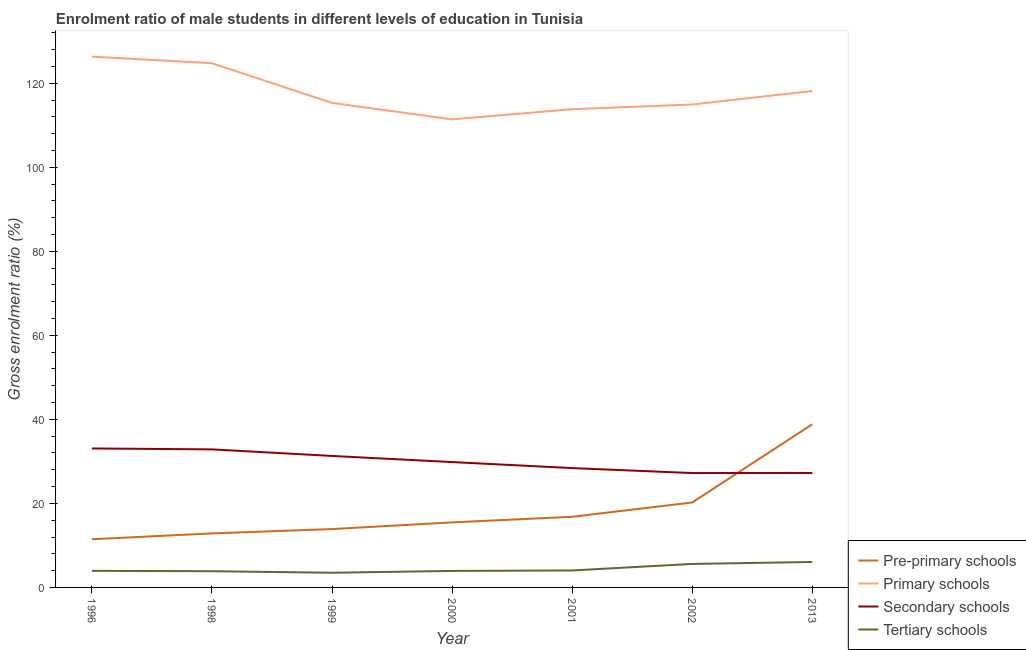
| Year | Pre-primary schools | Primary schools | Secondary schools | Tertiary schools |
 | --- | --- | --- | --- | --- |
 | 1996 | 11.5 | 126 | 33.1 | 3.95 |
 | 1998 | 12.9 | 125 | 32.9 | 3.86 |
 | 1999 | 13.9 | 115 | 31.3 | 3.49 |
 | 2000 | 15.5 | 111 | 29.8 | 3.93 |
 | 2001 | 16.8 | 114 | 28.4 | 4.04 |
 | 2002 | 20.2 | 115 | 27.2 | 5.59 |
 | 2013 | 38.8 | 118 | 27.2 | 6.06 |